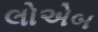
લોએબ